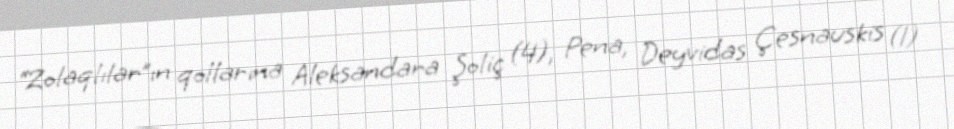
“Zolaqlılar”ın qollarına Aleksandara Şoliç (4), Pena, Deyvidas Çesnauskis (1)